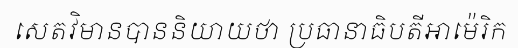
សេតវិមានបាននិយាយថា ប្រធានាធិបតីអាម៉េរិក